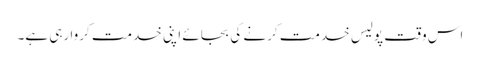
اس وقت پولیس خدمت کرنے کی بجائے اپنی خدمت کروا رہی ہے۔